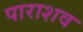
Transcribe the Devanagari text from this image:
पाराशव